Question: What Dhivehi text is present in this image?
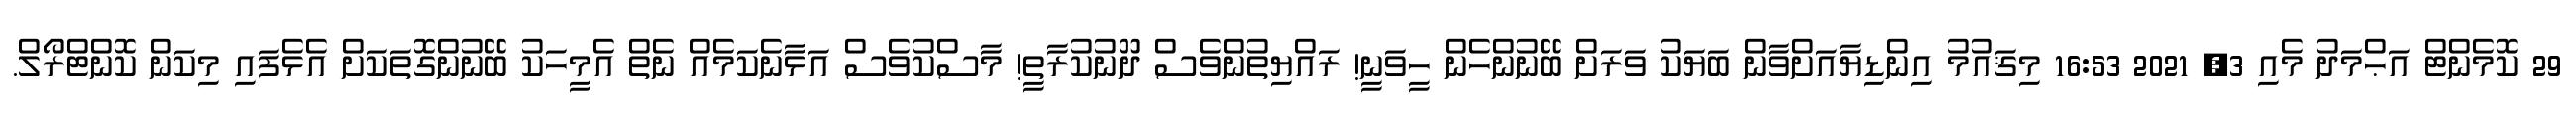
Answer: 29 ކޮމެންޓް އަޙްމަދު މެއި 3, 2021 16:53 މިޤައުމު އިންޑިޔާއަށްވާން ބަޔަކު ވަރަށް ބޭނުންހެން ހީވަނީ! ރައްޔިތުންވެސް ދޫނުކުރާތީ! މާސްކުވެސް އަޅާނެކަމެއް ނެތް އެމީހަކު ބޭނުންގޮތަކަށް އެޅެފައި މިކަން ކޮންޓްރޯލް.